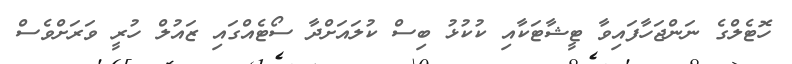
ހޮޓެލްގެ ނަންޖަހާފައިވާ ޓީޝާޓަކާއި ކުކުޅު ބިސް ކުލައަށްދާ ސޯޓެއްގައި ޒައުލް ހުރީ ވަރަށްވެސް